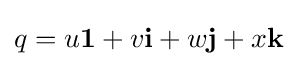
q=u\mathbf {1} +v\mathbf {i} +w\mathbf {j} +x\mathbf {k}